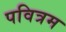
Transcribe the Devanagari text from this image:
पवित्रम